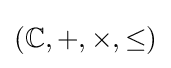
(\mathbb {C} ,+,\times ,\leq )